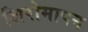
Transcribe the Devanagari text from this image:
शिरोमापन